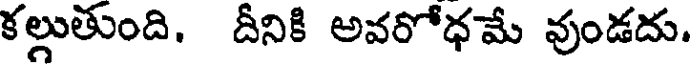
కల్లుతుంది. దీనికి అవరోధమే వుండదు.